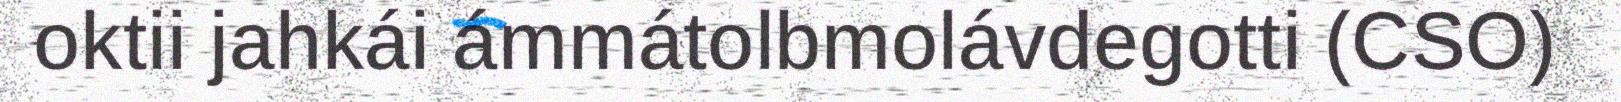
oktii jahkái ámmátolbmolávdegotti (CSO)